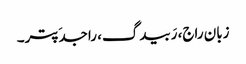
زبان راج، رَبیدگ، راجدَپتر۔